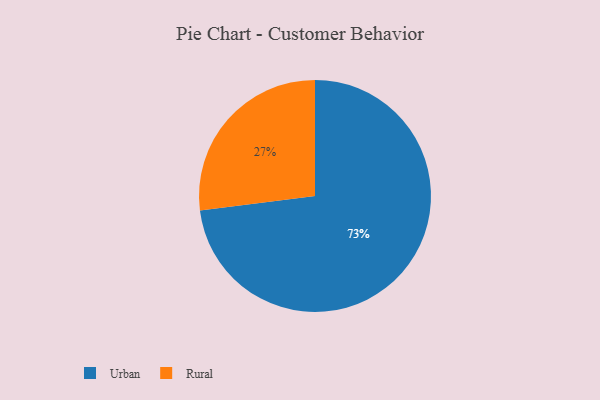
{"axis": {"x": "Category", "y": "Percentage"}, "legend": ["Rural", "Urban"], "data": [{"x": "Rural", "y": 27, "type": "Rural"}, {"x": "Urban", "y": 73, "type": "Urban"}]}